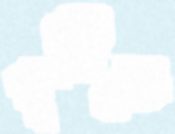
ফূর্তিতে